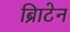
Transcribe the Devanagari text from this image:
ब्रिाटेन